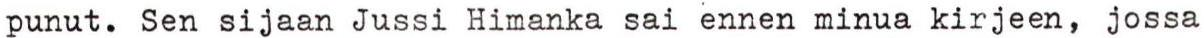
punut. Sen sijaan Jussi Himanka sai ennen minua kirjeen, jossa